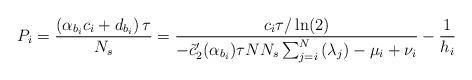
LaTeX: \begin{align*}P_i=\frac{\left(\alpha_{b_i}c_i+d_{b_i}\right)\tau}{N_s}&=\frac{c_i\tau/\ln(2)}{-\tilde{c}_2'(\alpha_{b_i})\tau NN_s\sum_{j=i}^{N}\left(\lambda_j\right)-\mu_i+\nu_i}-\frac{1}{h_i}\end{align*}